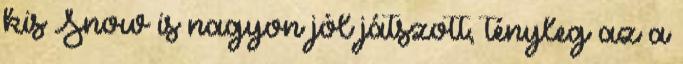
kis Snow is nagyon jól játszott, tényleg az a